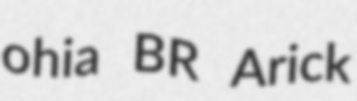
ohia BR Arick